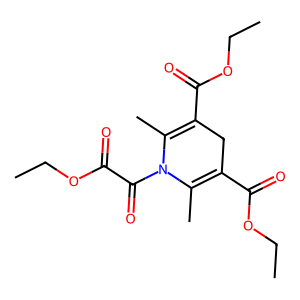
SMILES: CCOC(=O)C(=O)N1C(C)=C(C(=O)OCC)CC(C(=O)OCC)=C1C
Inhibits HIV replication: No